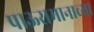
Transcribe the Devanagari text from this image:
पाऊसमानाच्या